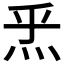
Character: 𤇠